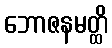
ဘောဇနမတ္ထိ